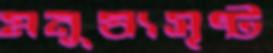
মনুষ্যসৃষ্ট